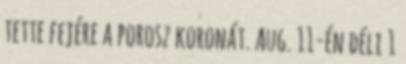
tette fejére a porosz koronát. Aug. 11-én déli 1